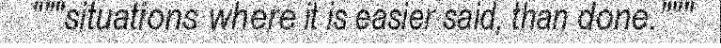
"""situations where it is easier said, than done."""